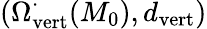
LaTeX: (\Omega_{\operatorname{vert}}^{\cdot}(M_{0}),d_{\operatorname{vert}})